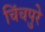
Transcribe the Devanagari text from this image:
चिंचपुरे